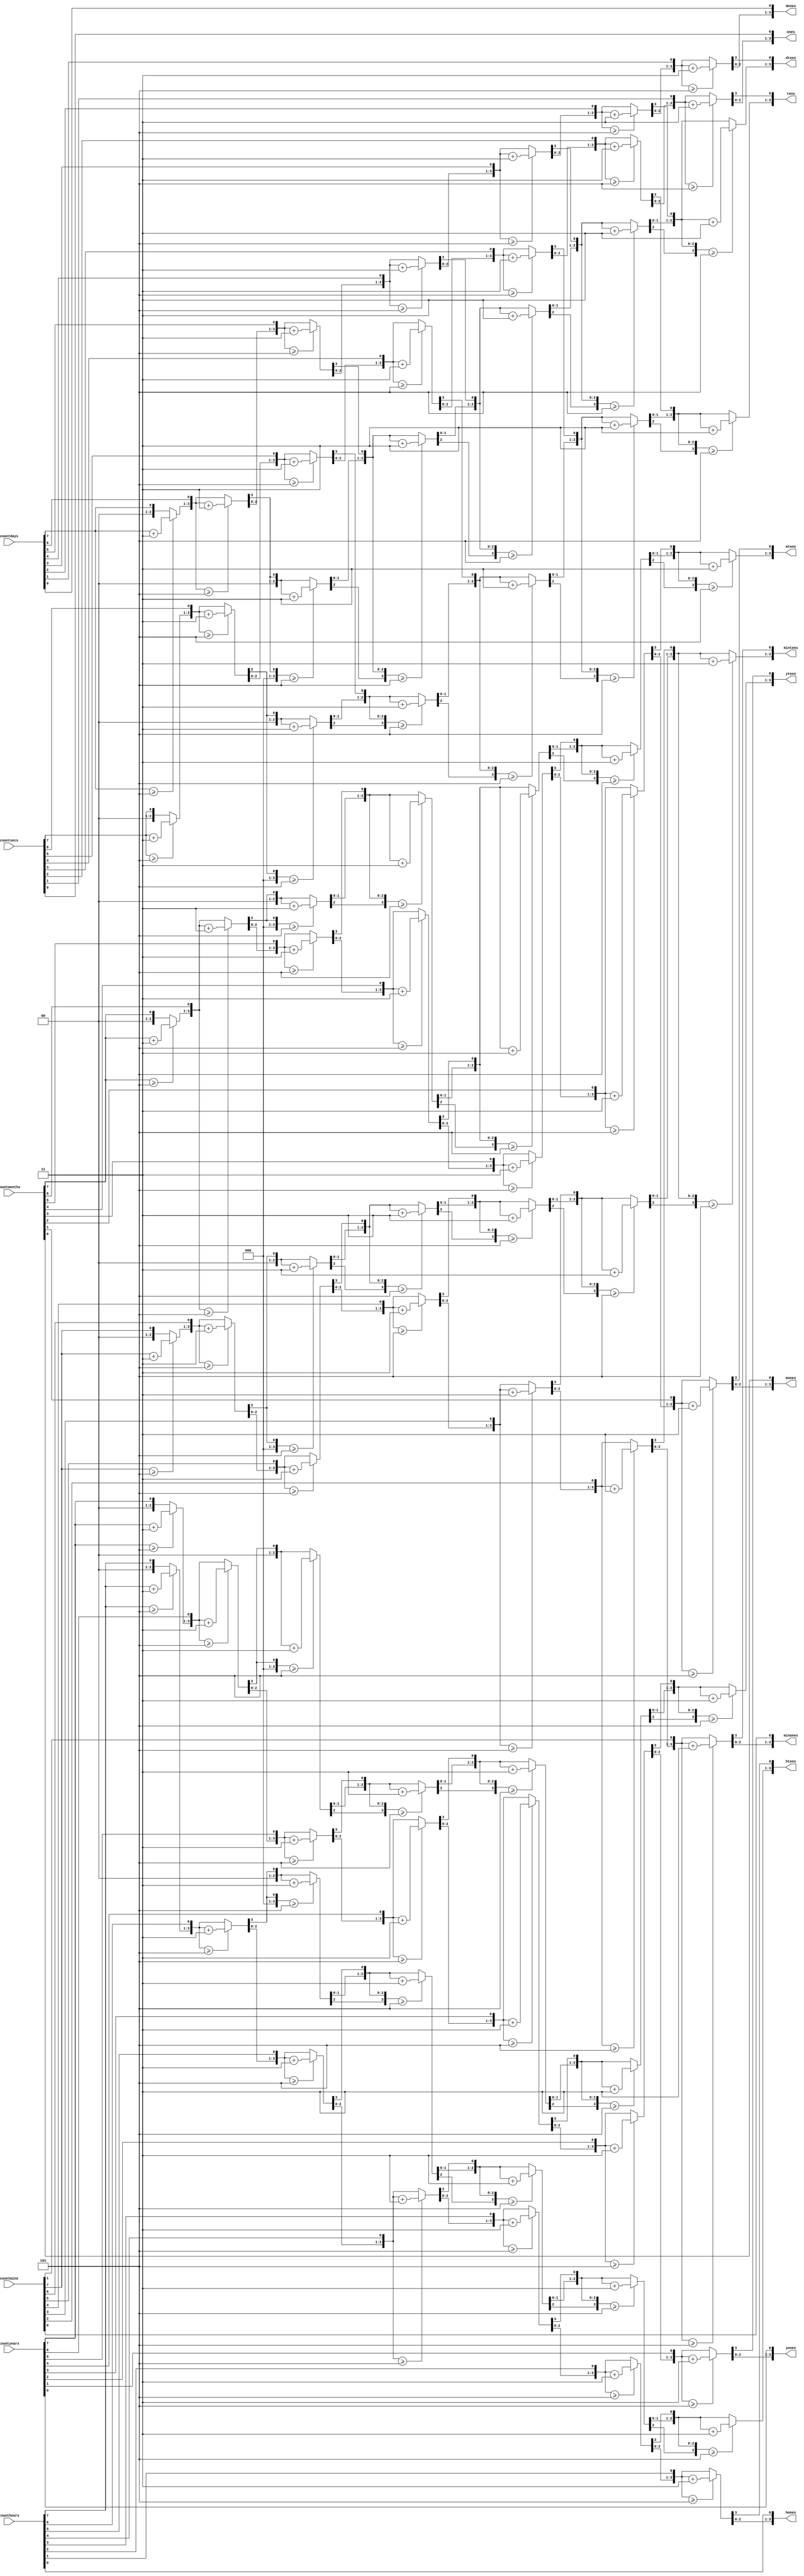
`timescale 1ns / 10ps

module decocontadores(
	input wire [7:0] countyears,
	input wire [7:0] countmonths,
	input wire [7:0] countdays,
	input wire [7:0] counthours,
	input wire [7:0] countmins,
	input wire [7:0] countsecs,
	output reg [3:0] ytens, //decenas years
	output reg [3:0] yones, //uniades years
	output reg [3:0] mtens, //decenas meses
	output reg [3:0] mones, //unidades meses
	output reg [3:0] dtens, //decenas dias
	output reg [3:0] dones, //unidades dias
	output reg [3:0] htens, //decenas horas
	output reg [3:0] hones, //unidades horas
	output reg [3:0] mintens, //decenas minutos
	output reg [3:0] minones, //unidades minutos
	output reg [3:0] tens, //decenas segundos
	output reg [3:0] ones //unidades segundos
    );
	 
	 integer i;
	 integer j;
	 integer k;
	 integer l;
	 integer m;
	 integer n;
	 
	 always @(countsecs)
	 begin
		tens = 4'd0;
		ones = 4'd0;
		
		for (i = 7; i >= 0; i = i - 1)
		begin
			if (tens >= 5)
				tens = tens + 2'd3;
			if (ones >= 5)
				ones = ones + 2'd3;
			
			tens = tens << 1;
			tens[0] = ones[3];
			ones = ones << 1;
			ones[0] = countsecs[i];
		end
	end
	
	always @(countmins)
	begin
		mintens = 4'd0;
		minones = 4'd0;
		
		for (j = 7; j >= 0; j = j - 1)
		begin
			if (mintens >= 5)
				mintens = mintens + 2'd3;
			if (minones >= 5)
				minones = minones + 2'd3;
				
			mintens = mintens << 1;
			mintens[0] = minones[3];
			minones = minones << 1;
			minones[0] = countmins[j];
		end
	end
	
	always @(counthours)
	begin
		htens = 4'd0;
		hones = 4'd0;
		
		for (k = 7; k >= 0; k = k - 1)
		begin
			if (htens >= 5)
				htens = htens + 2'd3;
			if (hones >= 5)
				hones = hones + 2'd3;
				
			htens = htens << 1;
			htens[0] = hones[3];
			hones = hones << 1;
			hones[0] = counthours[k];
		end
	end
	
	always @(countdays)
	begin
		dtens = 4'd0;
		dones = 4'd0;
		
		for (l = 7; l >= 0; l = l - 1)
		begin
			if (dtens >= 5)
				dtens = dtens + 2'd3;
			if (dones >= 5)
				dones = dones + 2'd3;
				
			dtens = dtens << 1;
			dtens[0] = dones[3];
			dones = dones << 1;
			dones[0] = countdays[l];
		end
	end
	
	always @(countmonths)
	begin
		mtens = 4'd0;
		mones = 4'd0;
		
		for (m = 7; m >= 0; m = m - 1)
		begin
			if (mtens >= 5)
				mtens = mtens + 2'd3;
			if (mones >= 5)
				mones = mones + 2'd3;
				
			mtens = mtens << 1;
			mtens[0] = mones[3];
			mones = mones << 1;
			mones[0] = countmonths[m];
		end
	end

	always @(countyears)
	begin
		ytens = 4'd0;
		yones = 4'd0;
		
		for (n = 7; n >= 0; n = n - 1)
		begin
			if (ytens >= 5)
				ytens = ytens + 2'd3;
			if (yones >= 5)
				yones = yones + 2'd3;
				
			ytens = ytens << 1;
			ytens[0] = yones[3];
			yones = yones << 1;
			yones[0] = countyears[n];
		end
	end

endmodule